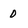
Character: 0